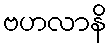
ဗဟလာနိ